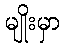
မျိုးမှာ